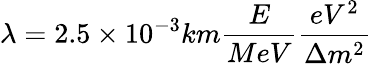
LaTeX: \lambda=2.5\times 10^{-3}km\frac{E}{MeV}\frac{eV^{2}}{\Delta m^{2}}